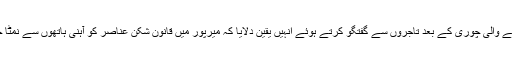
ایس ایس میرپور راجہ عرفان سلیم نے شاپنگ سنٹر نانگی میں ہونے والی چوری کے بعد تاجروں سے گفتگو کرتے ہوئے انہیں یقین دلایا کہ میرپور میں قانون شکن عناصر کو آہنی ہاتھوں سے نمٹا جائے گا اور اس حوالے سے تمام وسائل استعمال کیے جائیں گے ۔